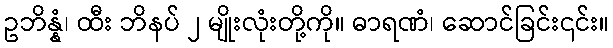
ဥဘိန္နံ၊ ထီး ဘိနပ် ၂ မျိုးလုံးတို့ကို။ ဓာရဏံ၊ ဆောင်ခြင်း၎င်း။